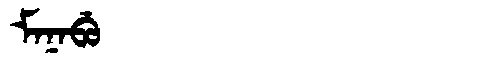
Manchu: ᠮᠠᠨᠠᠪᡠ
Romanization: MANABU